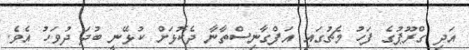
އަދި ގްރޫޕުގެ ފަހު މެޗުގައި އަފްގާނިސްތާނާ ދެކޮޅަށް ކުޅޭނީ ބުދަ ދުވަހު އެވެ.